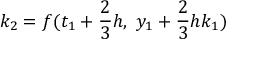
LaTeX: k _ { 2 } = f ( t _ { 1 } + { \frac { 2 } { 3 } } h , \ y _ { 1 } + { \frac { 2 } { 3 } } h k _ { 1 } )